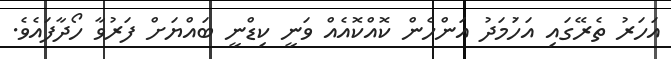
އަހަރު ތެރޭގައި އަހުަމަދު އަންހެން ކޮއްކޮއެއް ވަނީ ކިޑްނީ ބައްޔަށް ފަރުވާ ހޯދާފައެވެ.